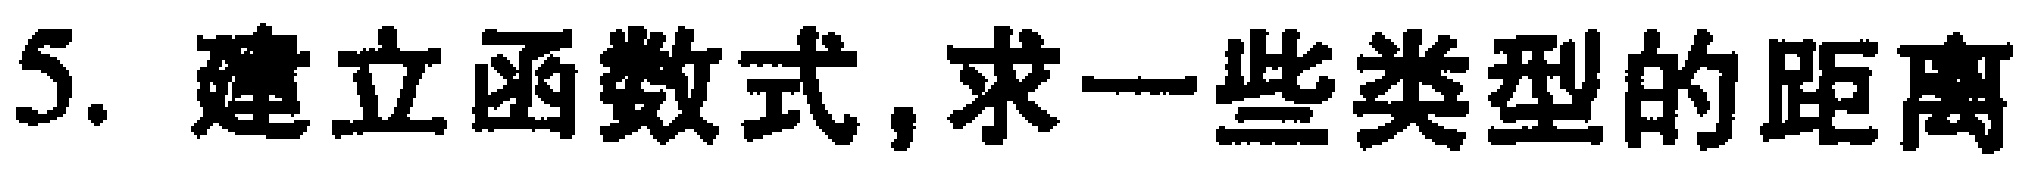
5. 建立函数式,求一些类型的距离